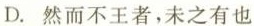
D.然而不王者，未之有也